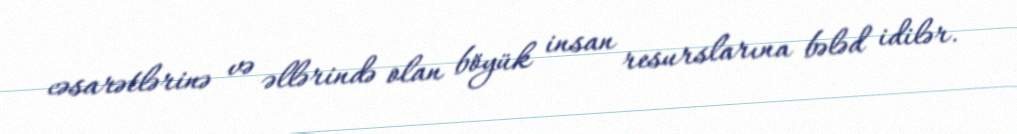
cəsarətlərinə və əllərində olan böyük insan resurslarına bələd idilər.